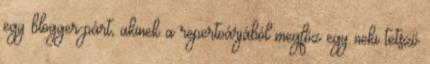
egy blogger-párt, akinek a repertoárjából megfőz egy neki tetsző